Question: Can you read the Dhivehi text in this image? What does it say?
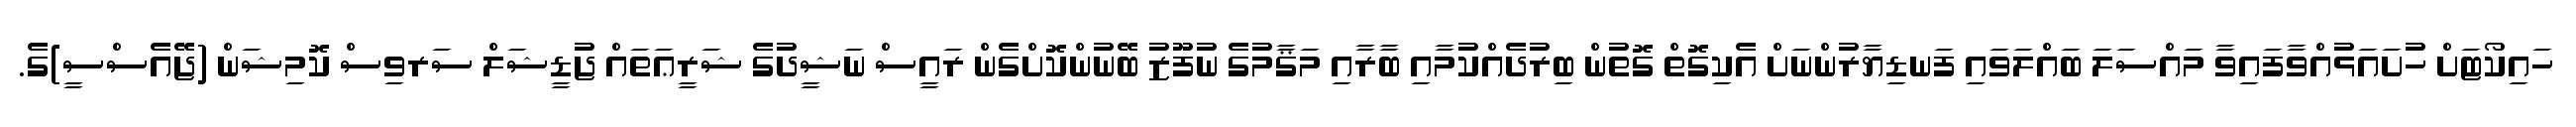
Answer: ހައިކޯޓަށް ހުށައަޅުއްވާފައިވާ މައްސަލަ ބައްލަވައި ފަނޑިޔާރުންނަށް އެކިގޮތް ގޮތުން ބިރުދެއްކުމާއި ބާރާއި މަޤާމުގެ ނުފޫޒު ބޭނުންކޮށްގެން ރައީސް ނަޝީދުގެ ޝަރީޢަތައް ޖުޑީޝަލް ސަރވިސް ކޮމިޝަން (ޖޭއެސްސީ)ގެ.